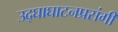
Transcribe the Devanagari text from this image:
उद्‌घाघाटनप्रसंगी